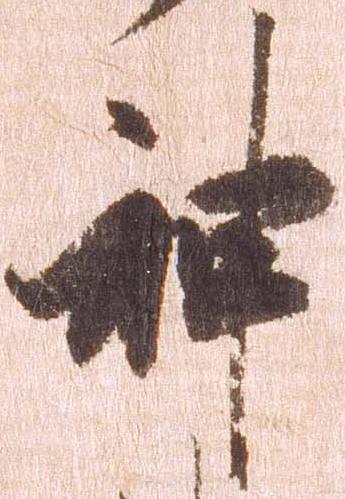
神